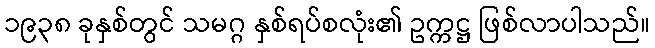
၁၉၃၈ ခုနှစ်တွင် သမဂ္ဂ နှစ်ရပ်စလုံး၏ ဥက္ကဋ္ဌ ဖြစ်လာပါသည်။